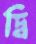
দ্বি